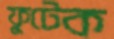
ফুটেক